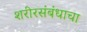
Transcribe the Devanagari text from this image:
शरीरसंबंधाचा